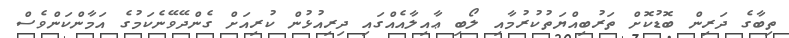
ތިބާގެ ދަރިން ބޮޑުކޮށް ތަރުބިއްޔަތުކުރުމާއި ލޯބި ޢާއިލާއެއްގައި ދިރިއުޅުން ކުރިއަށް ގެންދޭވޭނެކަމުގެ އަމާންކަންވެސް